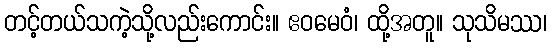
တင့်တယ်သကဲ့သို့လည်းကောင်း။ ဧဝမေဝံ၊ ထို့အတူ။ သုသိမဿ၊